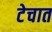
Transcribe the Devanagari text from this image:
टेचात